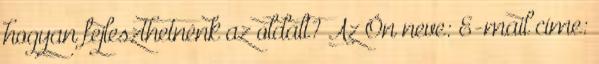
hogyan fejleszthetnénk az oldalt? Az Ön neve: E-mail címe: